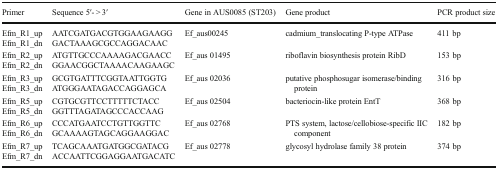
<table><thead><tr><td><b>Primer</b></td><td><b>Sequence 5′- &gt; 3′</b></td><td><b>Gene in AUS0085 (ST203)</b></td><td><b>Gene product</b></td><td><b>PCR product size</b></td></tr></thead><tbody><tr><td>Efm_R1_up</td><td>AATCGATGACGTGGAAGAAGG</td><td rowspan="2">Ef_aus00245</td><td rowspan="2">cadmium_translocating P-type ATPase</td><td rowspan="2">411 bp</td></tr><tr><td>Efm_R1_dn</td><td>GACTAAAGCGCCAGGACAAC</td></tr><tr><td>Efm_R2_up</td><td>ATGTTGCCCAAAAGACGAACC</td><td rowspan="2">Ef_aus 01495</td><td rowspan="2">riboflavin biosynthesis protein RibD</td><td rowspan="2">153 bp</td></tr><tr><td>Efm_R2_dn</td><td>GGAACGGCTAAAACAAGAAGC</td></tr><tr><td>Efm_R3_up</td><td>GCGTGATTTCGGTAATTGGTG</td><td rowspan="2">Ef_aus 02036</td><td rowspan="2">putative phosphosugar isomerase/binding protein</td><td rowspan="2">316 bp</td></tr><tr><td>Efm_R3_dn</td><td>ATGGGAATAGACCAGGAGCA</td></tr><tr><td>Efm_R5_up</td><td>CGTGCGTTCCTTTTTCTACC</td><td rowspan="2">Ef_aus 02504</td><td rowspan="2">bacteriocin-like protein EntT</td><td rowspan="2">368 bp</td></tr><tr><td>Efm_R5_dn</td><td>GGTTTAGATAGCCCACCAAG</td></tr><tr><td>Efm_R6_up</td><td>CCCATGAATCCTGTTGGTTC</td><td rowspan="2">Ef_aus 02768</td><td rowspan="2">PTS system, lactose/cellobiose-specific IIC component</td><td rowspan="2">182 bp</td></tr><tr><td>Efm_R6_dn</td><td>GCAAAAGTAGCAGGAAGGAC</td></tr><tr><td>Efm_R7_up</td><td>TCAGCAAATGATGGCGATACG</td><td rowspan="2">Ef_aus 02778</td><td rowspan="2">glycosyl hydrolase family 38 protein</td><td rowspan="2">374 bp</td></tr><tr><td>Efm_R7_dn</td><td>ACCAATTCGGAGGAATGACATC</td></tr></tbody></table>